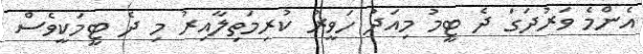
އެންމެ ވަރުދަގަ ދެ ޓީމު މިއަދު ހަވީރު ކުރިމަތިލާއިރު މި ދެ ޓީމަކީވެސް